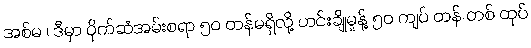
အစ်မ ၊ ဒီမှာ ပိုက်ဆံအမ်းစရာ ၅၀ တန်မရှိလို့ ဟင်းချိုမှုန့် ၅၀ ကျပ် တန် တစ် ထုပ်